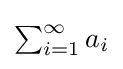
{\textstyle \sum _{i=1}^{\infty }a_{i}}